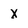
Character: x